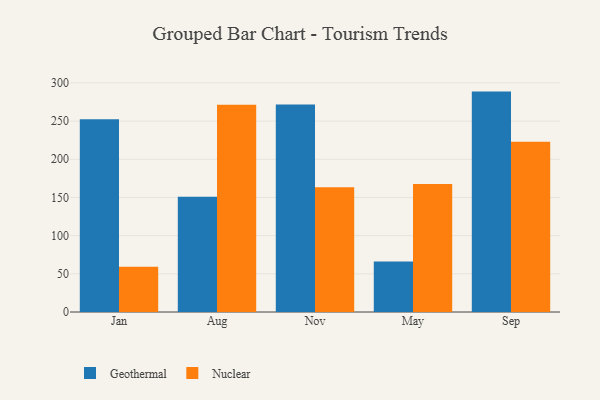
{"axis": {"x": "Month", "y": "Inventory Turnover"}, "legend": ["Geothermal", "Nuclear"], "data": [{"x": "Jan", "y": 252.3, "type": "Geothermal"}, {"x": "Jan", "y": 59.4, "type": "Nuclear"}, {"x": "Aug", "y": 151.0, "type": "Geothermal"}, {"x": "Aug", "y": 271.3, "type": "Nuclear"}, {"x": "Nov", "y": 271.8, "type": "Geothermal"}, {"x": "Nov", "y": 163.5, "type": "Nuclear"}, {"x": "May", "y": 66.2, "type": "Geothermal"}, {"x": "May", "y": 167.5, "type": "Nuclear"}, {"x": "Sep", "y": 288.6, "type": "Geothermal"}, {"x": "Sep", "y": 222.9, "type": "Nuclear"}]}